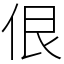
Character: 佷